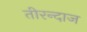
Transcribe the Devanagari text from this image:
तीरन्दाज